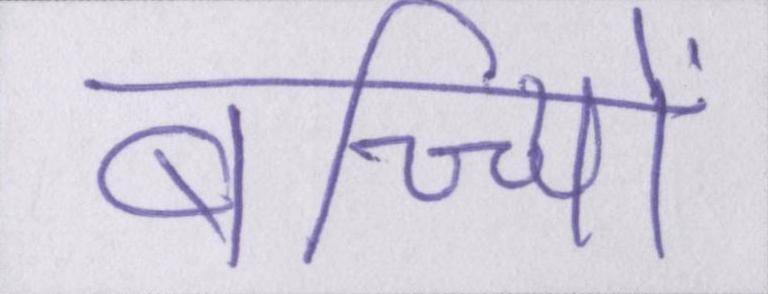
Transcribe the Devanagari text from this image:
बच्च्यिों